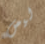
ليس